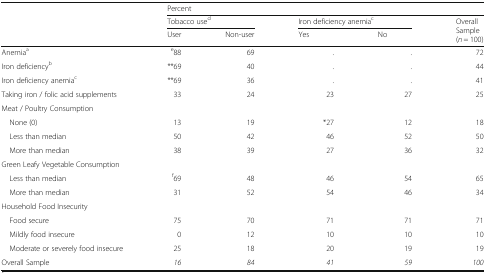
| <ROWSPAN=3>  | <COLSPAN=5> Percent |
 | <COLSPAN=2> Tobacco used | <COLSPAN=2> Iron deficiency anemiac | <ROWSPAN=2> OverallSample(n = 100) |
 | User | Non-user | Yes | No |
 | --- | --- | --- | --- | --- | --- |
 | Anemiaa | e88 | 69 | . | . | 72 |
 | Iron deficiencyb | **69 | 40 | . | . | 44 |
 | Iron deficiency anemiac | **69 | 36 | . | . | 41 |
 | Taking iron / folic acid supplements | 33 | 24 | 23 | 27 | 25 |
 | Meat / Poultry Consumption | <COLSPAN=5>  |
 | None (0) | 13 | 19 | *27 | 12 | 18 |
 | Less than median | 50 | 42 | 46 | 52 | 50 |
 | More than median | 38 | 39 | 27 | 36 | 32 |
 | <COLSPAN=6> Green Leafy Vegetable Consumption |
 | Less than median | f69 | 48 | 46 | 54 | 65 |
 | More than median | 31 | 52 | 54 | 46 | 34 |
 | <COLSPAN=6> Household Food Insecurity |
 | Food secure | 75 | 70 | 71 | 71 | 71 |
 | Mildly food insecure | 0 | 12 | 10 | 10 | 10 |
 | Moderate or severely food insecure | 25 | 18 | 20 | 19 | 19 |
 | Overall Sample | 16 | 84 | 41 | 59 | 100 |